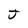
Character: J